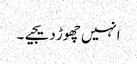
انہیں چھوڑ دیجیے۔